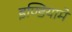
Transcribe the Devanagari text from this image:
इण्डियामें